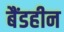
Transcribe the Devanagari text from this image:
बैंडहीन